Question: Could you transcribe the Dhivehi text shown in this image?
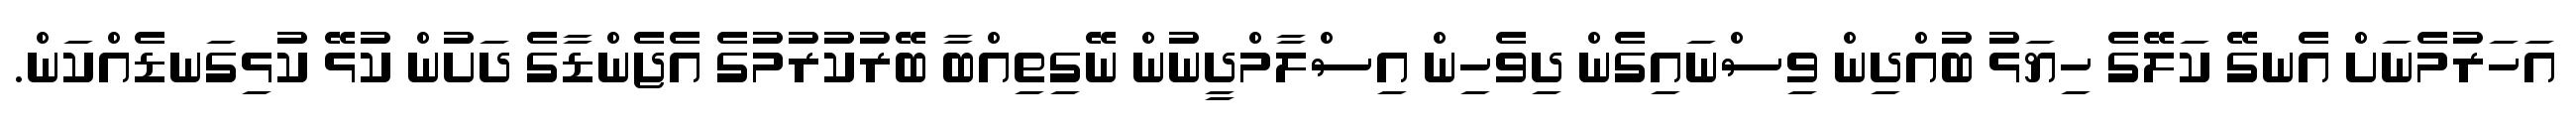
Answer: އަހަރުމެނަށް އެނގޭ ކަލޭގެ ހިޔަޅު ބުއްދިން ވިސްނައިގެން ދިވެހިން އިސްލާމްދީނުން ނޭގިތިއްބާ ބޭރުކުރުމުގެ އެޖެންޑާގެ ދަށުން ކުޅޭ ކުޅިގަނޑެއްކަން.